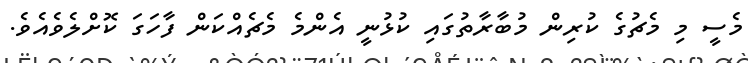
މެސީ މި މެޗުގެ ކުރިން މުބާރާތުގައި ކުޅުނީ އެންމެ މެޗެއްކަން ފާހަގަ ކޮށްލެވެއެވެ.